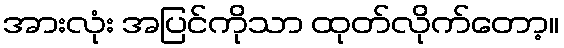
အားလုံး အပြင်ကိုသာ ထုတ်လိုက်တော့။